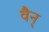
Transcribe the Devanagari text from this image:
वैन्